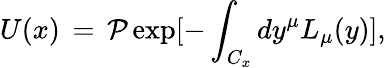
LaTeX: U(x)\, =\, {\cal P}\exp[-\int_{C_{x}}dy^{\mu}L_{\mu}(y)],